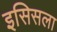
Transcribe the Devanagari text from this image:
इसिसला